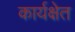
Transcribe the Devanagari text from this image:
कार्यक्षेत